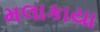
મલાકાયા